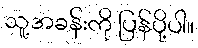
သူ့အခန်းကို ပြန်ပို့ပါ။